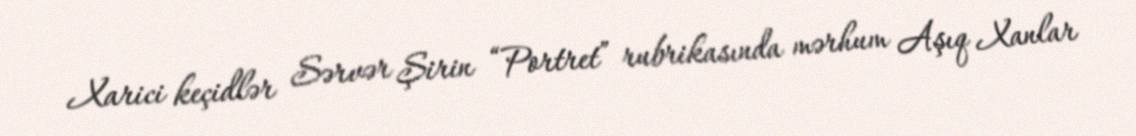
Xarici keçidlər Sərvər Şirin “Portret” rubrikasında mərhum Aşıq Xanlar